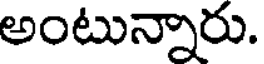
అంటున్నారు.